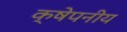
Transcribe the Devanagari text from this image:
क्षेपनीय